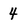
Character: 4